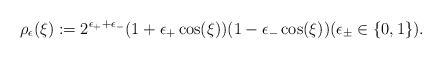
LaTeX: \begin{align*}\rho_\epsilon (\xi):=2^{\epsilon_++\epsilon_-}(1+\epsilon_+\cos(\xi)) (1-\epsilon_-\cos(\xi)) (\epsilon_\pm \in \{ 0,1\} ).\end{align*}